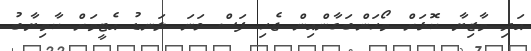
އަދި މާޒިޔާ ކޮޅަށް މޯހަންބަގާންއިން ޖެހި ފަސް ވަނަ ލަނޑު އެޓީމަށް ކާމިޔާބު